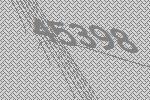
45398